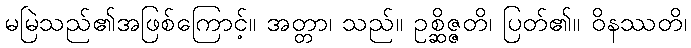
မမြဲသည်၏အဖြစ်ကြောင့်။ အတ္တာ၊ သည်။ ဥစ္ဆိဇ္ဇတိ၊ ပြတ်၏။ ဝိနဿတိ၊